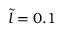
\tilde { l } = 0 . 1